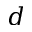
d